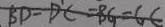
B D = D C = B G = G C